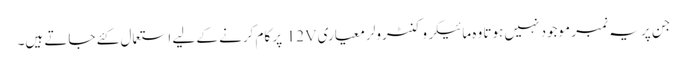
جن پر یہ نمبر موجود نہیں ہوتا وہ مائیکروکنٹرولر معیاری 12V پر کام کرنے کے لیے استعمال کئے جاتے ہیں۔